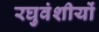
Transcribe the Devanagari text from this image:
रघुवंशीयों